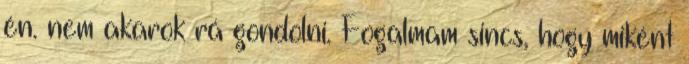
én. nem akarok rá gondolni. Fogalmam sincs, hogy miként